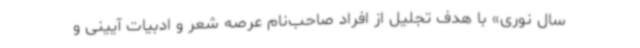
سال نوری» با هدف تجلیل از افراد صاحب‌نام عرصه شعر و ادبیات آیینی و